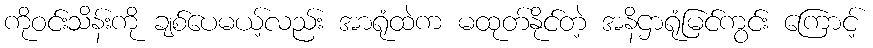
ကိုဝင်းသိန်းကို ချစ်ပေမယ့်လည်း အာရုံထဲက မထုတ်နိုင်တဲ့ အနိဌာရုံမြင်ကွင်း ကြောင့်